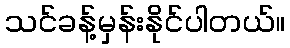
သင်ခန့်မှန်းနိုင်ပါတယ်။